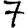
Digit: 7